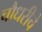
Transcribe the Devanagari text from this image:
चौधरीचे